Annual report on the health of the army in India
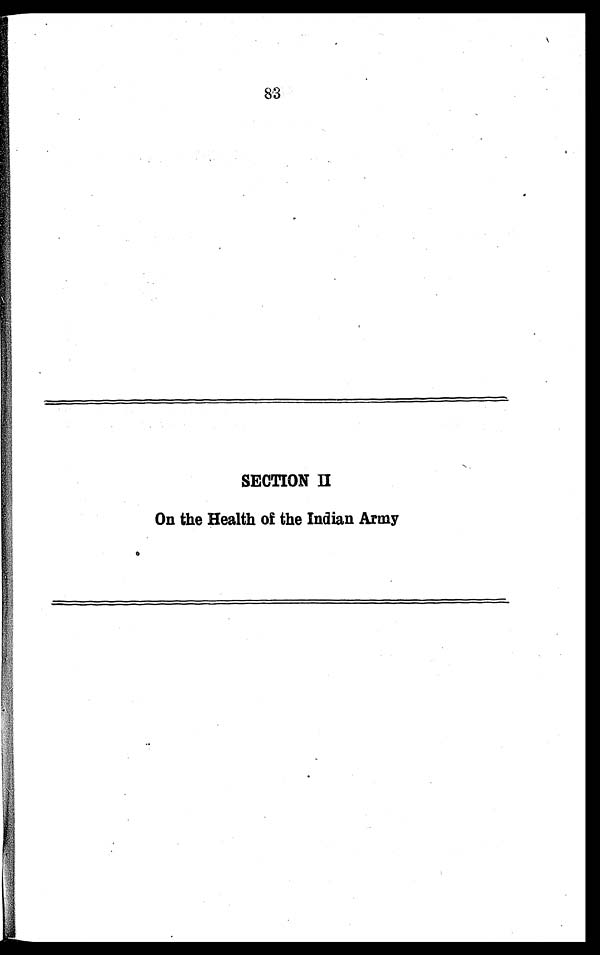
83
SECTION II
On the Health of the Indian Army